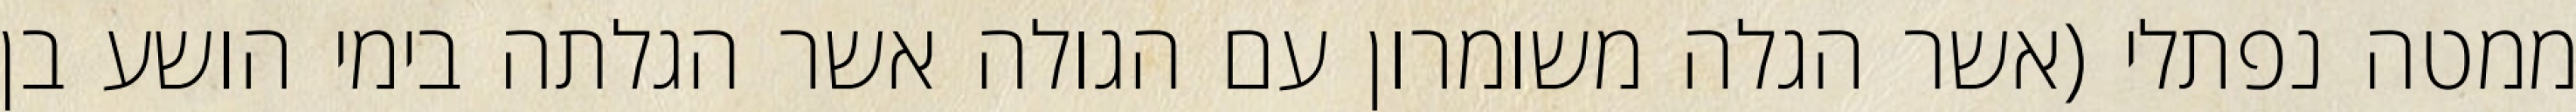
ממטה נפתלי (אשר הגלה משומרון עם הגולה אשר הגלתה בימי הושע בן